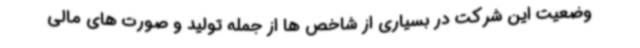
وضعیت این شرکت در بسیاری از شاخص ها از جمله تولید و صورت های مالی